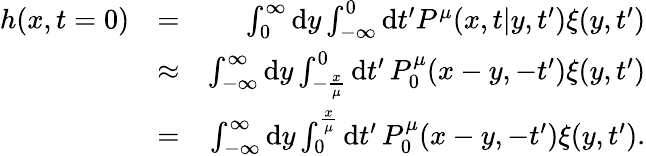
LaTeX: \begin{array}{rlr}{h(x,t=0)}&{=}&{\int_{0}^{\infty}\mathrm{d}y\int_{-\infty}^{0}\mathrm{d}t^{\prime}P^{\mu}(x,t|y,t^{\prime})\xi(y,t^{\prime})}\\ &{\approx}&{\int_{-\infty}^{\infty}\mathrm{d}y\int_{-\frac x\mu}^{0}\mathrm{d}t^{\prime}\, P_{0}^{\mu}(x-y,-t^{\prime})\xi(y,t^{\prime})}\\ &{=}&{\int_{-\infty}^{\infty}\mathrm{d}y\int_{0}^{\frac x\mu}\mathrm{d}t^{\prime}\, P_{0}^{\mu}(x-y,-t^{\prime})\xi(y,t^{\prime}).}\end{array}